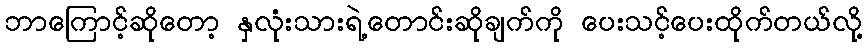
ဘာကြောင့်ဆိုတော့ နှလုံးသားရဲ့တောင်းဆိုချက်ကို ပေးသင့်ပေးထိုက်တယ်လို့